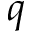
q